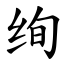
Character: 绚